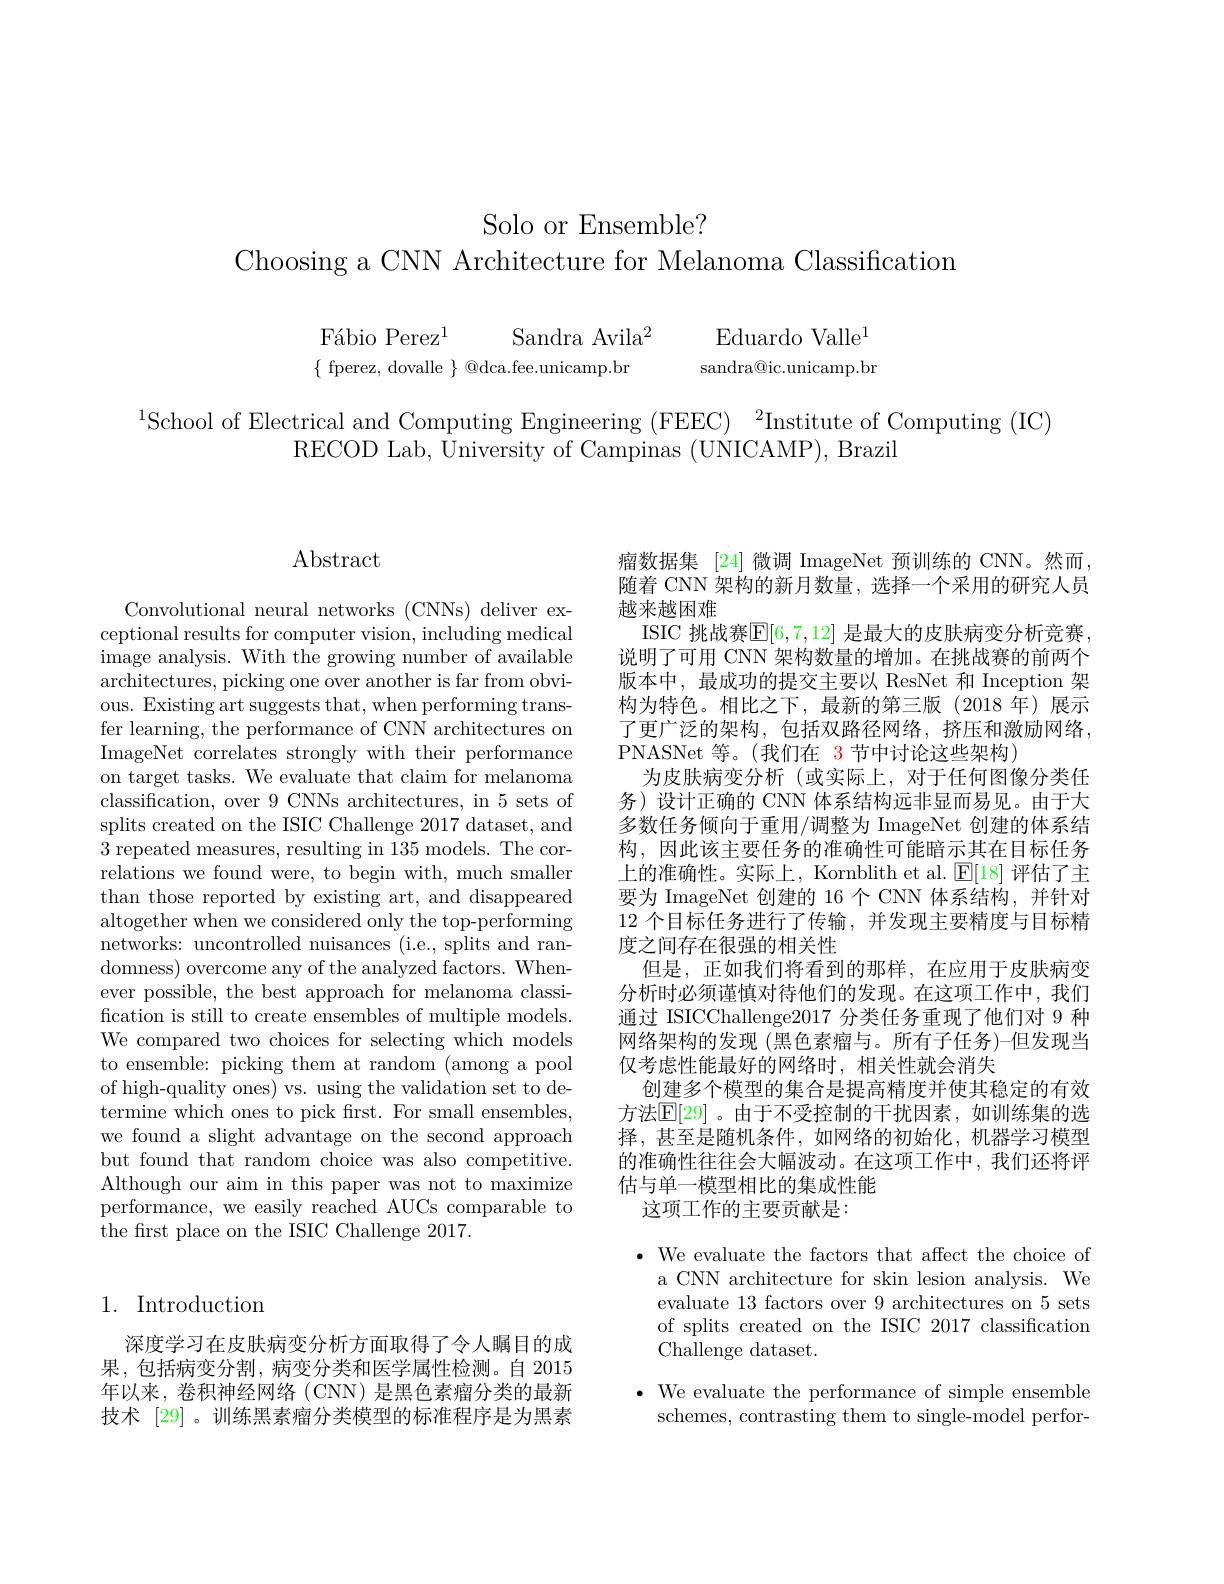
Solo or Ensemble?

Choosing a CNN Architecture for Melanoma Classification

Eduardo Valle$^1$

$\mathrm{F\'{a}bioPerez}^{1}$
Sandra Avila$^2$
$\{$ fperez, dovalle $\}$ @dca.fee.unicamp.br

sandra@ic.unicamp.br

$^{1}$School of Electrical and Computing Engineering (FEEC)$^2$Institute of Computing (IC)
RECOD Lab, University of Campinas (UNICAMP), Brazil

$\operatorname{Abstract}$

Convolutional neural networks (CNNs) deliver exceptional results for computer vision, including medical image analysis. With the growing number of available $\bar{\text{architectures, picking one over another is far from obvi-}}$ ous. Existing art suggests that, when performing transfer learning, the performance of CNN architectures on ImageNet correlates strongly with their performance on target tasks. We evaluate that claim for melanoma classification, over 9 CNNs architectures, in 5 sets of splits created on the ISIC Challenge 2017 dataset, and 3 repeated measures, resulting in 135 models. The correlations we found were, to begin with, much smaller than those reported by existing art, and disappeared altogether when we considered only the top-performing networks: uncontrolled nuisances (i.e., splits and randomness) overcome any of the analyzed factors. Whenever possible, the best approach for melanoma classification is still to create ensembles of multiple models. We compared two choices for selecting which models to ensemble: picking them at random (among a pool of high-quality ones) vs. using the validation set to determine which ones to pick frst. For small ensembles, we found a slight advantage on the second approach but found that random choice was also competitive. Although our aim in this paper was not to maximize performance, we easily reached AUCs comparable to the first place on the ISIC Challenge 2017.

## 1. Introduction

深度学习在皮肤病变分析方面取得了令人瞩目的成果，包括病变分割，病变分类和医学属性检测。自 2015年以来，卷积神经网络(CNN) 是黑色素瘤分类的最新技术 [29] 。训练黑素瘤分类模型的标准程序是为黑素

瘤数据集 [24] 微调 ImageNet 预训练的 CNN。然而随着 CNN 架构的新月数量，选择一个采用的研究人员越来越困难
ISIC 挑战赛$\mathbb{E}[6,7,12]$ 是最大的皮肤病变分析竞赛说明了可用 CNN 架构数量的增加。在挑战赛的前两个版本中，最成功的提交主要以 ResNet 和 Inception 架构为特色。相比之下，最新的第三版(2018 年)展示了更广泛的架构，包括双路径网络，挤压和激励网络， PNASNet 等。(我们在 3 节中讨论这些架构)
为皮肤病变分析 (或实际上，对于任何图像分类任务)设计正确的 CNN 体系结构远非显而易见。由于大多数任务倾向于重用/调整为 ImageNet 创建的体系结构，因此该主要任务的准确性可能暗示其在目标任务上的准确性。实际上，Kornblith et al. $\mathbb{E}[18]$评估了主要为 ImageNet 创建的 16 个 CNN 体系结构，并针对12 个目标任务进行了传输，并发现主要精度与目标精度之间存在很强的相关性
但是，正如我们将看到的那样，在应用于皮肤病变分析时必须谨慎对待他们的发现。在这项工作中，我们通过 ISICChallenge2017 分类任务重现了他们对 9 种网络架构的发现 (黑色素瘤与。所有子任务)-但发现当仅考虑性能最好的网络时，相关性就会消失
创建多个模型的集合是提高精度并使其稳定的有效方法$\mathbb{E}[29]$。由于不受控制的干扰因素，如训练集的选择，甚至是随机条件，如网络的初始化，机器学习模型的准确性往往会大幅波动。在这项工作中，我们还将评估与单一模型相比的集成性能
这项工作的主要贡献是：

$\bullet$ We evaluate the factors that affect the choice of
a CNN architecture for skin lesion analysis. We evaluate 13 factors over 9 architectures on 5 sets of splits created on the ISIC 2017 classification Challenge dataset.
$\bullet$ We evaluate the performance of simple ensemble
schemes, contrasting them to single-model perfor-